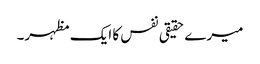
میرے حقیقی نفس کا ایک مظہر۔